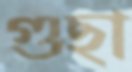
গুছা